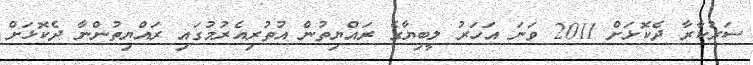
ސަރުކާރާ ދެކޮޅަށް 2011 ވަނަ އަހަރު ލީބިޔާގެ ރައްޔިތުން އުތުރިއެރުމުގައި ރައްޔިތުންނާ ދެކޮޅަށް